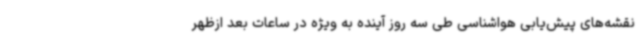
نقشه‌های پیش‌یابی هواشناسی طی سه روز آینده به ویژه در ساعات بعد ازظهر